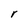
Character: r